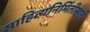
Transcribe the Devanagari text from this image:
साहित्यनिर्मितीसाठी